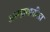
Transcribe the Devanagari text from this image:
असहामातीला